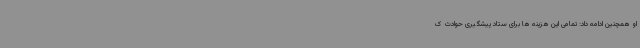
او همچنین ادامه داد: تمامی این هزینه ها برای ستاد پیشگیری حوادث ک